Rangoon Lunatic Asylum 1898-1906 - 1898-1906
Year: 1898
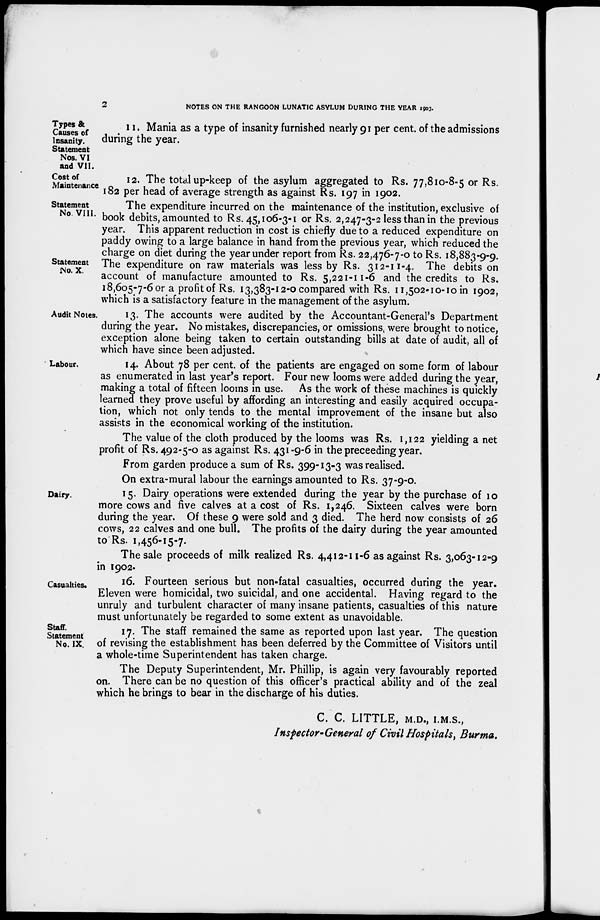
2
NOTES ON THE RANGOON LUNATIC ASYLUM DURING THE YEAR 1903.
Types &
Causes of
Insanity.
Statement
Nos. VI
and VII.
11. Mania as a type of insanity furnished nearly 91 per cent. of the admissions
during the year.
Cost of
Maintenance
12. The total up-keep of the asylum aggregated to Rs. 77,810-8-5 or Rs.
182 per head of average strength as against Rs. 197 in 1902.
Statement
No. VIII.
The expenditure incurred on the maintenance of the institution, exclusive of
book debits, amounted to Rs. 45,106-3-1 or Rs. 2,247-3-2 less than in the previous
year. This apparent reduction in cost is chiefly due to a reduced expenditure on
paddy owing to a large balance in hand from the previous year, which reduced the
charge on diet during the year under report from Rs. 22,476-7-0 to Rs. 18,883-9-9.
Statement
No. X.
The expenditure on raw materials was less by Rs. 312-11-4. The debits on
account of manufacture amounted to Rs. 5,221-11-6 and the credits to Rs.
18,605-7-6 or a profit of Rs. 13,383-12-0 compared with Rs. 11,502-10-10 in 1902,
which is a satisfactory feature in the management of the asylum.
Audit Notes.
13. The accounts were audited by the Accountant-General's Department
during the year. No mistakes, discrepancies, or omissions, were brought to notice,
exception alone being taken to certain outstanding bills at date of audit, all of
which have since been adjusted.
Labour.
14. About 78 per cent. of the patients are engaged on some form of labour
as enumerated in last year's report. Four new looms were added during the year,
making a total of fifteen looms in use. As the work of these machines is quickly
learned they prove useful by affording an interesting and easily acquired occupa-
tion, which not only tends to the mental improvement of the insane but also
assists in the economical working of the institution.
The value of the cloth produced by the looms was Rs. 1,122 yielding a net
profit of Rs. 492-5-0 as against Rs. 431-9-6 in the preceeding year.
From garden produce a sum of Rs. 399-13-3 was realised.
On extra-mural labour the earnings amounted to Rs. 37-9-0.
Dairy.
15. Dairy operations were extended during the year by the purchase of 10
more cows and five calves at a cost of Rs. 1,246. Sixteen calves were born
during the year. Of these 9 were sold and 3 died. The herd now consists of 26
cows, 22 calves and one bull. The profits of the dairy during the year amounted
to Rs. 1,456-15-7.
The sale proceeds of milk realized Rs. 4,412-11-6 as against Rs. 3,063-12-9
in 1902.
Casualties.
16. Fourteen serious but non-fatal casualties, occurred during the year.
Eleven were homicidal, two suicidal, and one accidental. Having regard to the
unruly and turbulent character of many insane patients, casualties of this nature
must unfortunately be regarded to some extent as unavoidable.
Staff.
Statement
No. IX.
17. The staff remained the same as reported upon last year. The question
of revising the establishment has been deferred by the Committee of Visitors until
a whole-time Superintendent has taken charge.
The Deputy Superintendent, Mr. Phillip, is again very favourably reported
on. There can be no question of this officer's practical ability and of the zeal
which he brings to bear in the discharge of his duties.
C. C. LITTLE, M.D., I.M.S.,
Inspector-General of Civil Hospitals, Burma.